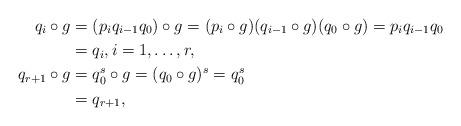
LaTeX: \begin{align*}q_i \circ g&=(p_iq_{i-1} q_0) \circ g =( p_i \circ g ) (q_{i-1} \circ g ) (q_0 \circ g)= p_iq_{i-1} q_0\\&=q_i, i=1,\ldots,r, \\q_{r+1} \circ g &=q_0^s \circ g = (q_0 \circ g)^s=q_0^s\\&=q_{r+1},\end{align*}